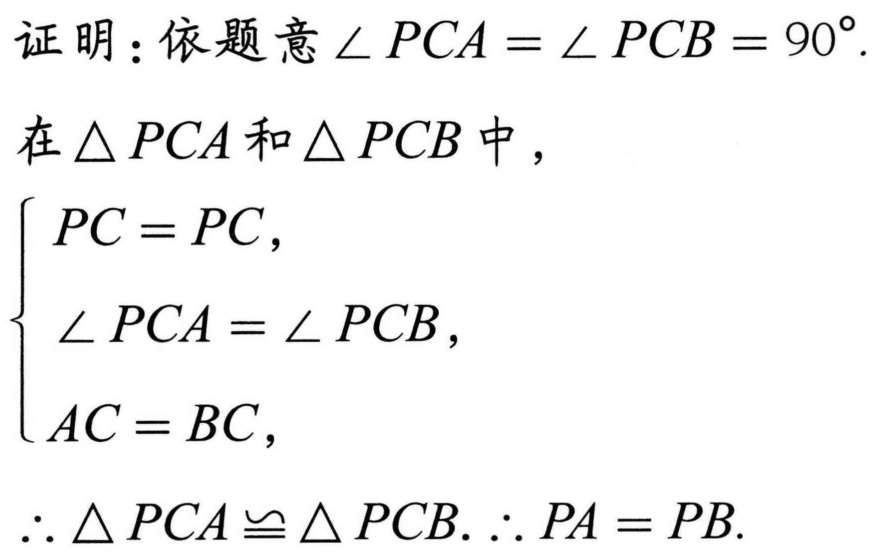
证明：依题意\(\angle PCA=\angle PCB = 90^{\circ}\).
在\(\triangle PCA\)和\(\triangle PCB\)中，
\(\begin{cases}
PC = PC,\\
\angle PCA=\angle PCB,\\
AC = BC,
\end{cases}\)
\(\therefore\triangle PCA\cong\triangle PCB.\therefore PA = PB\).